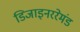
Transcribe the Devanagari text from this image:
डिजाइनररेमंड